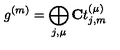
g ^ { ( m ) } = \bigoplus _ { j , \mu } { \bf C } t _ { j , m } ^ { ( \mu ) }